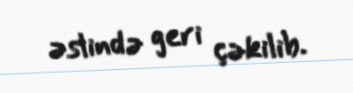
əslində geri çəkilib.